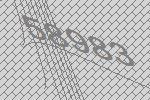
58983